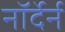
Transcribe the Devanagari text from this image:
नॉर्देर्न